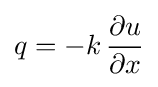
q=-k\,{\frac {\partial u}{\partial x}}